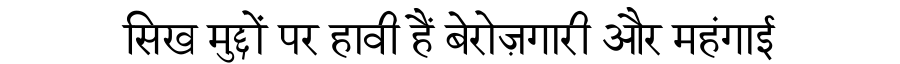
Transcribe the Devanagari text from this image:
सिख मुद्दों पर हावी हैं बेरोज़गारी और महंगाई